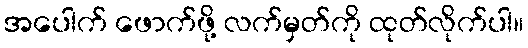
အပေါက် ဖောက်ဖို့ လက်မှတ်ကို ထုတ်လိုက်ပါ။